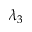
\lambda _ { 3 }